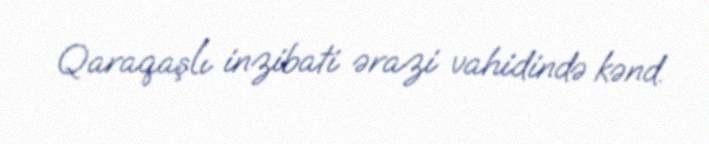
Qaraqaşlı inzibati ərazi vahidində kənd.